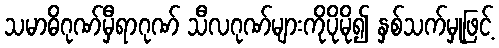
သမာဓိဂုဏ်မှီရာဂုဏ် သီလဂုဏ်များကိုပိုမို၍ နှစ်သက်မှုဖြင့်